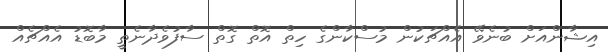
އިޝާންއަށް ބުނެވޭ އެއްޗަކުން މުސްކާންގެ ހިތް އޮތް ގޮތް ސާފުވެދާނެތީ މާބޮޑު އެއްޗެއް